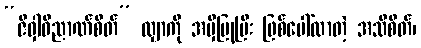
“ဇိဝှါဝိညာဏ်စိတ်” လျှာကို အမှီပြုပြီး ဖြစ်ပေါ်လာတဲ့ အသိစိတ်၊